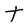
Character: t